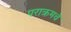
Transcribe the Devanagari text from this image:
पराक्रमचे